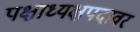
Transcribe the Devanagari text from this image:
पक्षाध्यक्षपदावर